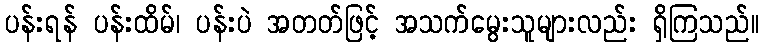
ပန်းရန် ပန်းထိမ်၊ ပန်းပဲ အတတ်ဖြင့် အသက်မွေးသူများလည်း ရှိကြသည်။